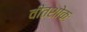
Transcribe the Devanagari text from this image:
वीतशोकः